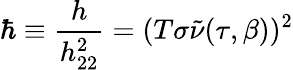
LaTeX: \hbar\equiv\frac{h}{h_{22}^{2}}=(T\sigma\tilde{\nu}(\tau,\beta))^{2}